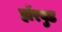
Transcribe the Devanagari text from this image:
हॉरवुड